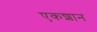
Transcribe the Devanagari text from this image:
एकशान